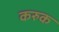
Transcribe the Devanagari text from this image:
करुक